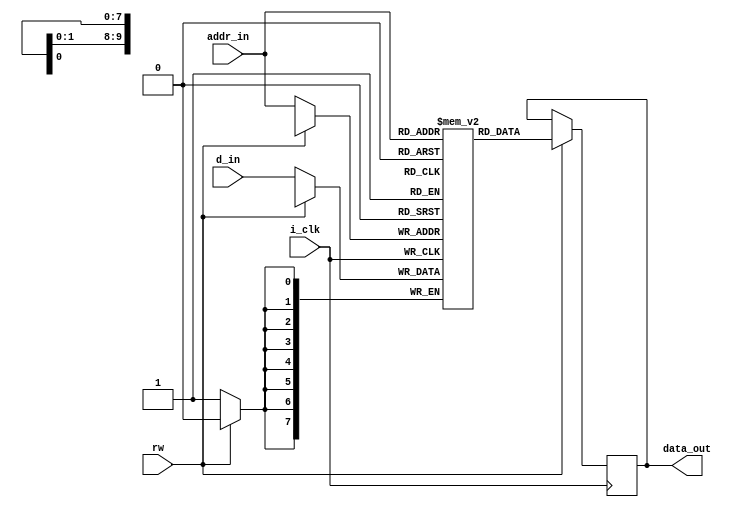
///****************Project name - : SRAM VERILOG MODEL ************///
///***design unit name -: SRAM_V *************//
///**HDL -: VERILOG **********///
///***** CAD TOOL -: QUARTUS Prime Lite Edition ************///
///***Address configuartion -: 8 bit ****************///
/////******data output configuration -: 8 bit**************///
////////synchronous read/write 

module SRAM_V 
   # (parameter mem_size =  1024 ,
	   parameter word_size  = 8  , 
		parameter addr_size  = 10  
	)
	(
      d_in , 
		i_clk , 
		rw ,  
		addr_in , 
		data_out ) ;
		
  input i_clk ;
  input wire [word_size-1:0] d_in ;             ///data input //
  input rw ;                               ///read/write , if rw => 0 , write to memory else read from the memory///
                            ///for 
  input [addr_size -1:0] addr_in ;              ///address bus ///
  output reg [word_size-1:0] data_out ;          //data bus ///
		
		///defining a memory ///
		
 reg [word_size-1:0] mem[mem_size-1:0]  ;


 always @ (posedge i_clk)
  begin
          if (rw==1'b0)
	   begin
		mem[addr_in] <= d_in ;
		  end
		else
        begin
		data_out <= mem[addr_in] ;
         end
	end 		
		endmodule